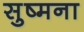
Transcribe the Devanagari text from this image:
सुष्मना